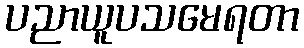
ပညာယူပသမေရတာ